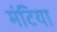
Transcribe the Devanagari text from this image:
मंटिया